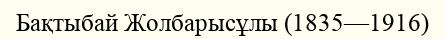
Бақтыбай Жолбарысұлы (1835—1916)